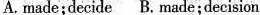
A.made;decide B.Made;decision